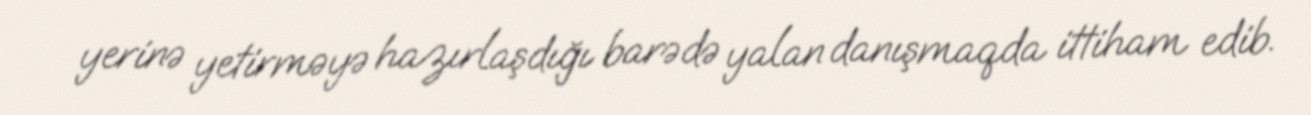
yerinə yetirməyə hazırlaşdığı barədə yalan danışmaqda ittiham edib.